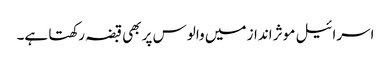
اسرائیل موثر انداز میں والوس پر بھی قبضہ رکھتا ہے۔